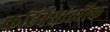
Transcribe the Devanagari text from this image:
कटिबंधांतरिक